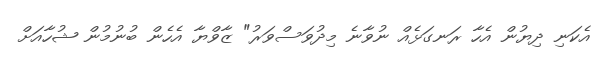
އެކަނި ދިޔުން އެހާ ރަނގަޅެއް ނުވާނެ މިދުވަސްވަރު" ޒާވްޔާ އެހެން ބުނުމުން ޝުހާއަށް